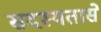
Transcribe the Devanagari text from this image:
सदस्यतासे